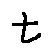
t